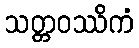
သတ္တဝဿိကံ